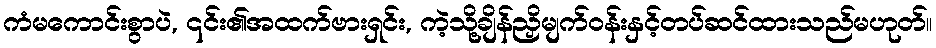
ကံမကောင်းစွာပဲ, ၎င်း၏အထက်ဗားရှင်း, ကဲ့သို့ချိန်ညှိမျက်ဝန်းနှင့်တပ်ဆင်ထားသည်မဟုတ်။